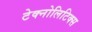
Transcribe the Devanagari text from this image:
टेक्नोलिटिक्स